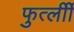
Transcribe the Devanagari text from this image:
फुर्त्लीी